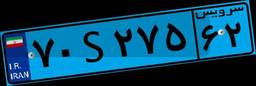
۷۰S۲۷۵۶۲